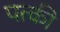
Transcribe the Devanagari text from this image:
पत्‍की